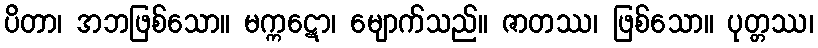
ပိတာ၊ အဘဖြစ်သော။ မက္ကဋော၊ မျောက်သည်။ ဇာတဿ၊ ဖြစ်သော။ ပုတ္တဿ၊